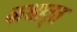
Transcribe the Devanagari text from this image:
कथावृत